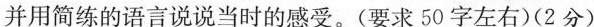
并用简练的语言说说当时的感受。(要求50字左右)(2分)